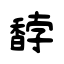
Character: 馞